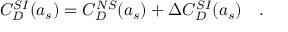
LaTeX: C _ { D } ^ { S I } ( a _ { s } ) = C _ { D } ^ { N S } ( a _ { s } ) + \Delta C _ { D } ^ { S I } ( a _ { s } ) ~ ~ ~ .